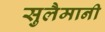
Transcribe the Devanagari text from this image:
सुलैमानी